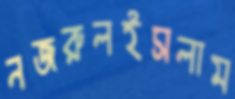
নজরুলইসলাম